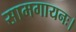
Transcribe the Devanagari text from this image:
सामगायनः।